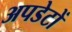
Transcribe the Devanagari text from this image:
अपडेटों